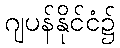
ဂျပန်နိုင်ငံ၌